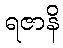
ရဇာနိ